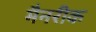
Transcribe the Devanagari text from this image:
मैनरीक